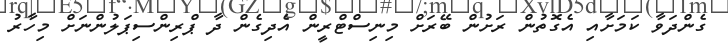
ގެންދަވާ ކަމަށާއި އެގޮތުން ރަށުން ބޭރަށް މިނިސްޓްރީން އެދިގެން ދާ ޕްރިންސިޕަލުންނަށް މިހާރު